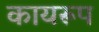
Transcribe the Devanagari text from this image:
कायरूप